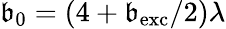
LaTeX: \mathfrak{b}_{0}=(4+\mathfrak{b}_{\mathrm{{exc}}}/2)\lambda